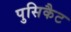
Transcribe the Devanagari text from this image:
पुसिकैट